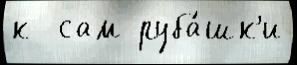
к  сам руба́шк'и